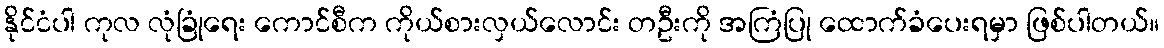
နိုင်ငံပါ ကုလ လုံခြုံရေး ကောင်စီက ကိုယ်စားလှယ်လောင်း တဦးကို အကြံပြု ထောက်ခံပေးရမှာ ဖြစ်ပါတယ်။